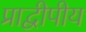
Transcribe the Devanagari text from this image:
प्राद्वीपीय